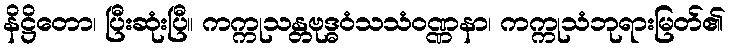
နိဋ္ဌိတော၊ ပြီးဆုံးပြီ။ ကက္ကုသန္တဗုဒ္ဓဝံသသံဝဏ္ဏနာ၊ ကက္ကုသံဘုရားမြတ်၏